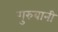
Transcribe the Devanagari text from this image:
गुरुबानी